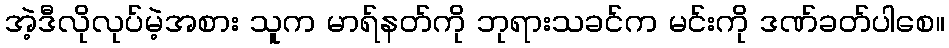
အဲ့ဒီလိုလုပ်မဲ့အစား သူက မာရ်နတ်ကို ဘုရားသခင်က မင်းကို ဒဏ်ခတ်ပါစေ။